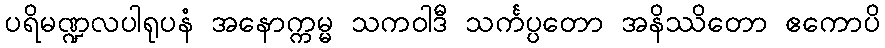
ပရိမဏ္ဍလပါရုပနံ အနောက္ကမ္မ သကဝါဒီ သင်္ကပ္ပတော အနိဿိတော ဧကောပိ